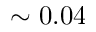
\sim 0 . 0 4